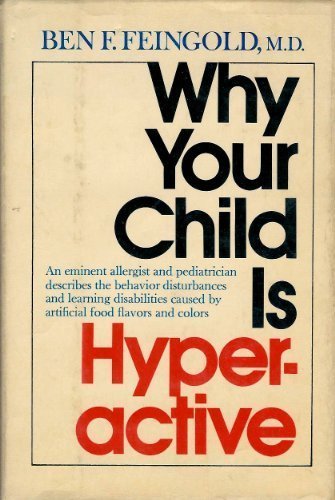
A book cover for Why Your Child Is Hyperactive; Ben F. Feingold MD; Health, Fitness & Dieting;